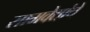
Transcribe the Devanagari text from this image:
सामवेद्यांचे